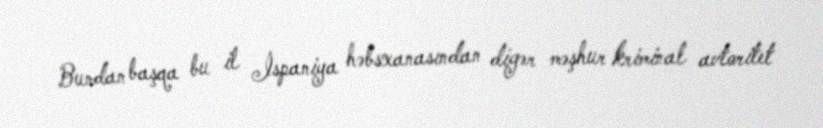
Bundan başqa bu il İspaniya həbsxanasından digər məşhur kriminal avtoritet